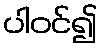
ပါဝင်၍